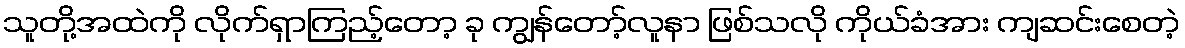
သူတို့အထဲကို လိုက်ရှာကြည့်တော့ ခု ကျွန်တော့်လူနာ ဖြစ်သလို ကိုယ်ခံအား ကျဆင်းစေတဲ့